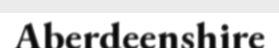
Aberdeenshire